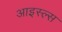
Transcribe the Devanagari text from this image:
आइस्ल्स